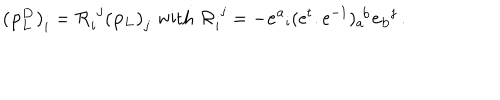
{ \bf ( p _ { L } ^ { D } ) } _ { i } = { \cal R } _ { i } ^ { \, \, j } { \bf ( p _ { L } ) } _ { j } \, \, \mathrm { w i t h } \, \, { \cal R } _ { i } ^ { \, \, j } = - { \bf e ^ { a } } _ { i } ( e ^ { t } . e ^ { - 1 } ) _ { a } ^ { \, \, b } { \bf e _ { b } } ^ { j } \, .